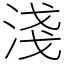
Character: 淺